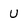
Character: U